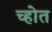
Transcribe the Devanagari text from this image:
च्होत